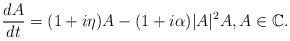
LaTeX: \begin{align*}\frac{dA}{dt}=(1+i\eta)A-(1+i\alpha)|A|^2A ,A \in {\mathbb C}.\end{align*}